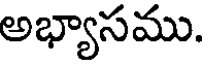
అభ్యాసము.